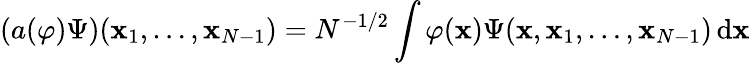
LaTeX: (a(\varphi)\Psi)(\mathbf{x}_{1},\ldots,\mathbf{x}_{N-1})=N^{-1/2}\int\varphi(\mathbf{x})\Psi(\mathbf{x},\mathbf{x}_{1},\ldots,\mathbf{x}_{N-1})\, \mathrm{d}\mathbf{x}